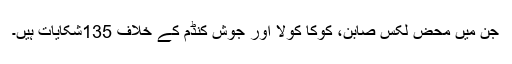
جن میں محض لکس صابن، کوکا کولا اور جوش کنڈم کے خلاف 135شکایات ہیں۔